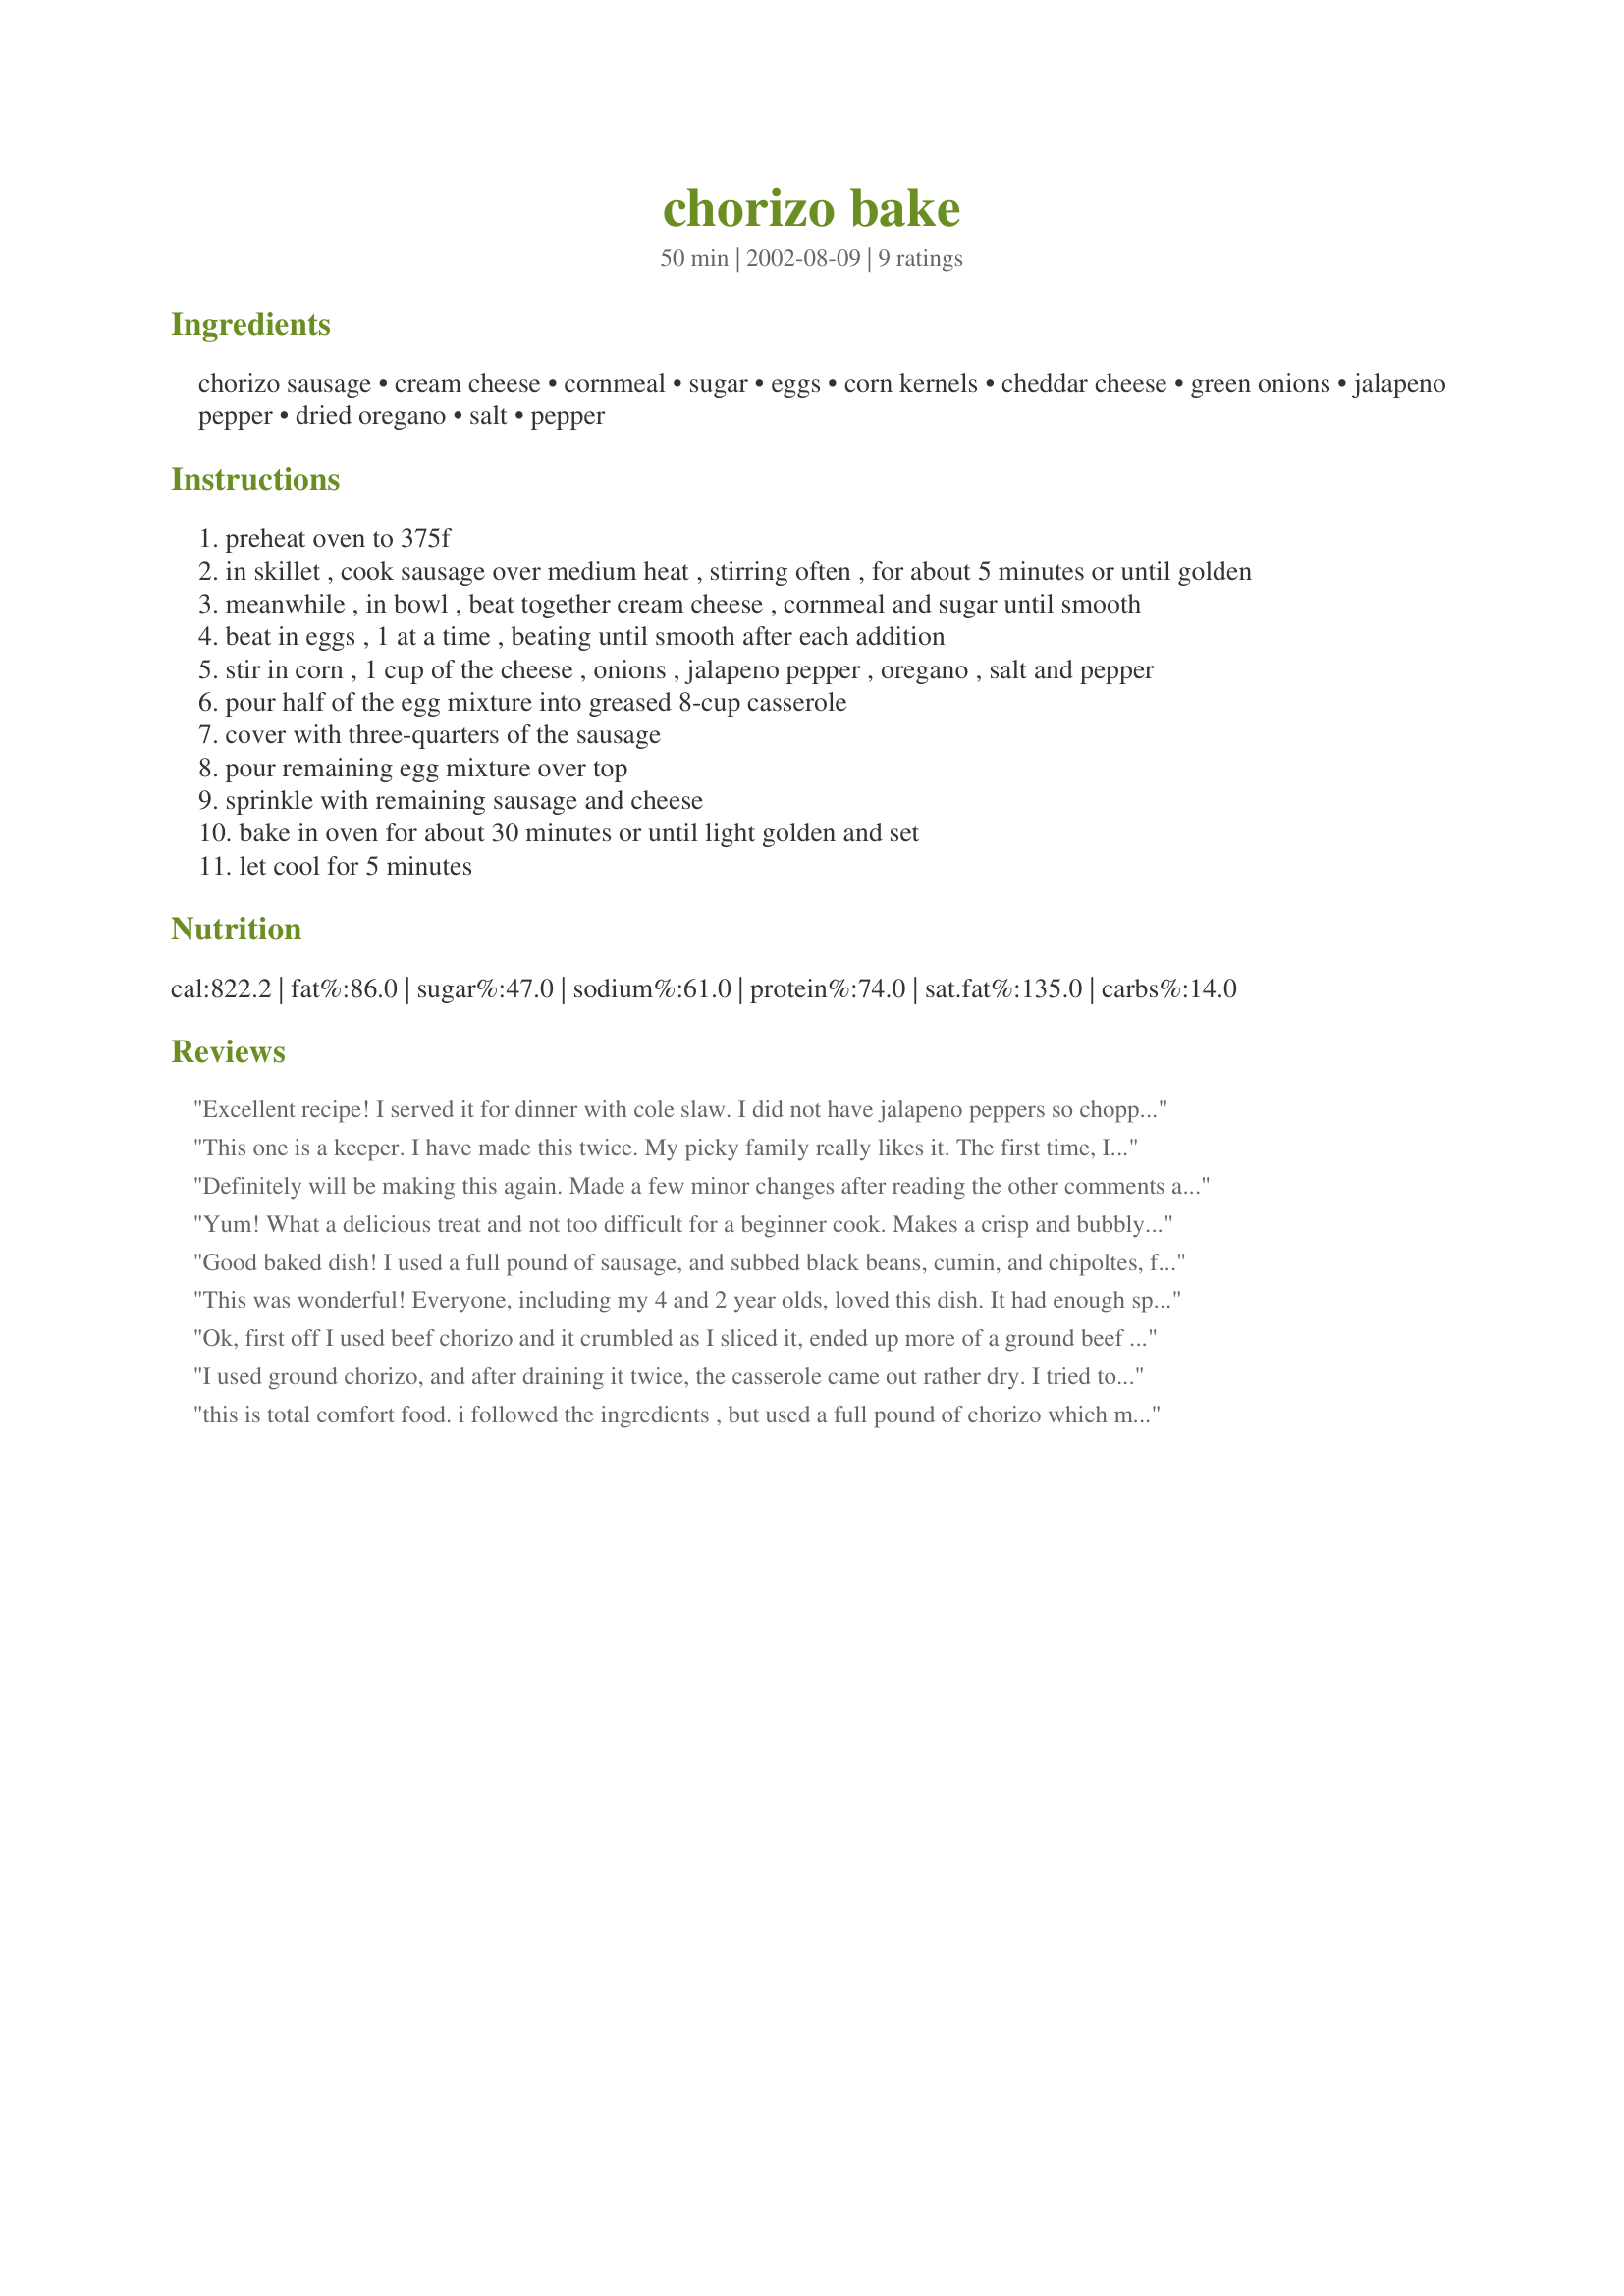
chorizo bake
Preparation time: 50 minutes

Ingredients:
chorizo sausage, cream cheese, cornmeal, sugar, eggs, corn kernels, cheddar cheese, green onions, jalapeno pepper, dried oregano, salt, pepper

Steps:
preheat oven to 375f
in skillet , cook sausage over medium heat , stirring often , for about 5 minutes or until golden
meanwhile , in bowl , beat together cream cheese , cornmeal and sugar until smooth
beat in eggs , 1 at a time , beating until smooth after each addition
stir in corn , 1 cup of the cheese , onions , jalapeno pepper , oregano , salt and pepper
pour half of the egg mixture into greased 8-cup casserole
cover with three-quarters of the sausage
pour remaining egg mixture over top
sprinkle with remaining sausage and cheese
bake in oven for about 30 minutes or until light golden and set
let cool for 5 minutes

Reviews:
Excellent recipe! I served it for dinner with cole slaw. I did not have jalapeno peppers so chopped up some bell peppers and used frozen corn. This has a great taste and topped with some salsa it was a winner. This is a "doer again"! Thanks, Carole in Orlando
This one is a keeper. I have made this twice. My picky family really likes it. The first time, I substituted cornbread mix instead of cornmeal, red onions, italian seasoning instead of oregano, and added a tiny bit of cream. It turned out good. The second time, I made no substitutions but I think I baked it a little too long, and it turned out a little dry. Overall, my family says, "Yummy!"
Definitely will be making this again. Made a few minor changes after reading the other comments and it was a big hit here. Instead of all corn, I used half corn and half black beans (and used the leftover beans and corn from the cans to make a salsa for the next day). Added a tsp of chipotles minced to the cornmeal mixture and beat it in with the cream cheese and also added some cumin and cilantro. At the table we topped it with fire roasted salsa we got at Sprouts and some sour cream. It was delicious.
Yum! What a delicious treat and not too difficult for a beginner cook. Makes a crisp and bubbly cheese crust on top. We had trouble slicing the chorizo thinly enough to get a good distribution throughout (and on top of) the dish - next time we might remove the casings and use the sausage meat in the ground beef style.
Good baked dish! I used a full pound of sausage, and subbed black beans, cumin, and chipoltes, for more of a true mexican taste! It was good, only next time I will add more chipoltes, as my husband and I love the hot and smokey taste of the chipoltes with the sausage!!
This was wonderful! Everyone, including my 4 and 2 year olds, loved this dish. It had enough spice to be interesting but not overwhelming for the little ones.
Ok, first off I used beef chorizo and it crumbled as I sliced it, ended up more of a ground beef product (I have never used/eaten Chorizo before). So at this point I was irritated, and running late, so I just did my own thing, scrapped the eggs, sugar and cornmeal. Heated it all up in the microwave, added a handful of chopped cilantro, and threw it in the crockpot and ran out the door.
But it was a HIT! 
Thanks
I used ground chorizo, and after draining it twice, the casserole came out rather dry. I tried to do a good thing, but it skewed the final product. Next time I'll use link chorizo next time.
this is total comfort food. i followed the ingredients , but used a full pound of chorizo which made 2 perfect layers. i served it with hot sauce on the side.
